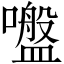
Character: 𡂑